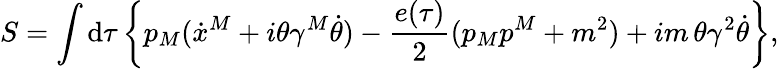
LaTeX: S=\int\mathrm{d}\tau\left\{ p_{M}(\dot{{x}}^{M}+i\theta\gamma^{M}\dot{{\theta}})-{\frac{{e(\tau)}}{{2}}}(p_{M}p^{M}+m^{2})+im\, \theta\gamma^{2}\dot{{\theta}}\right\} ,